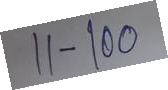
11 - 100